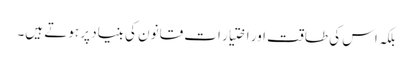
بلکہ اس کی طاقت اور اختیار ات قانون کی بنیاد پر ہوتے ہیں۔